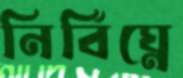
নির্বিঘ্নে